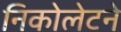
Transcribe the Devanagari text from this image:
निकोलेटने